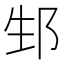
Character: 𨚥